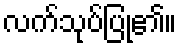
လက်သုပ်ပြု၏။